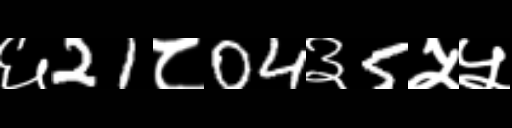
Text: ६21८04३5५५